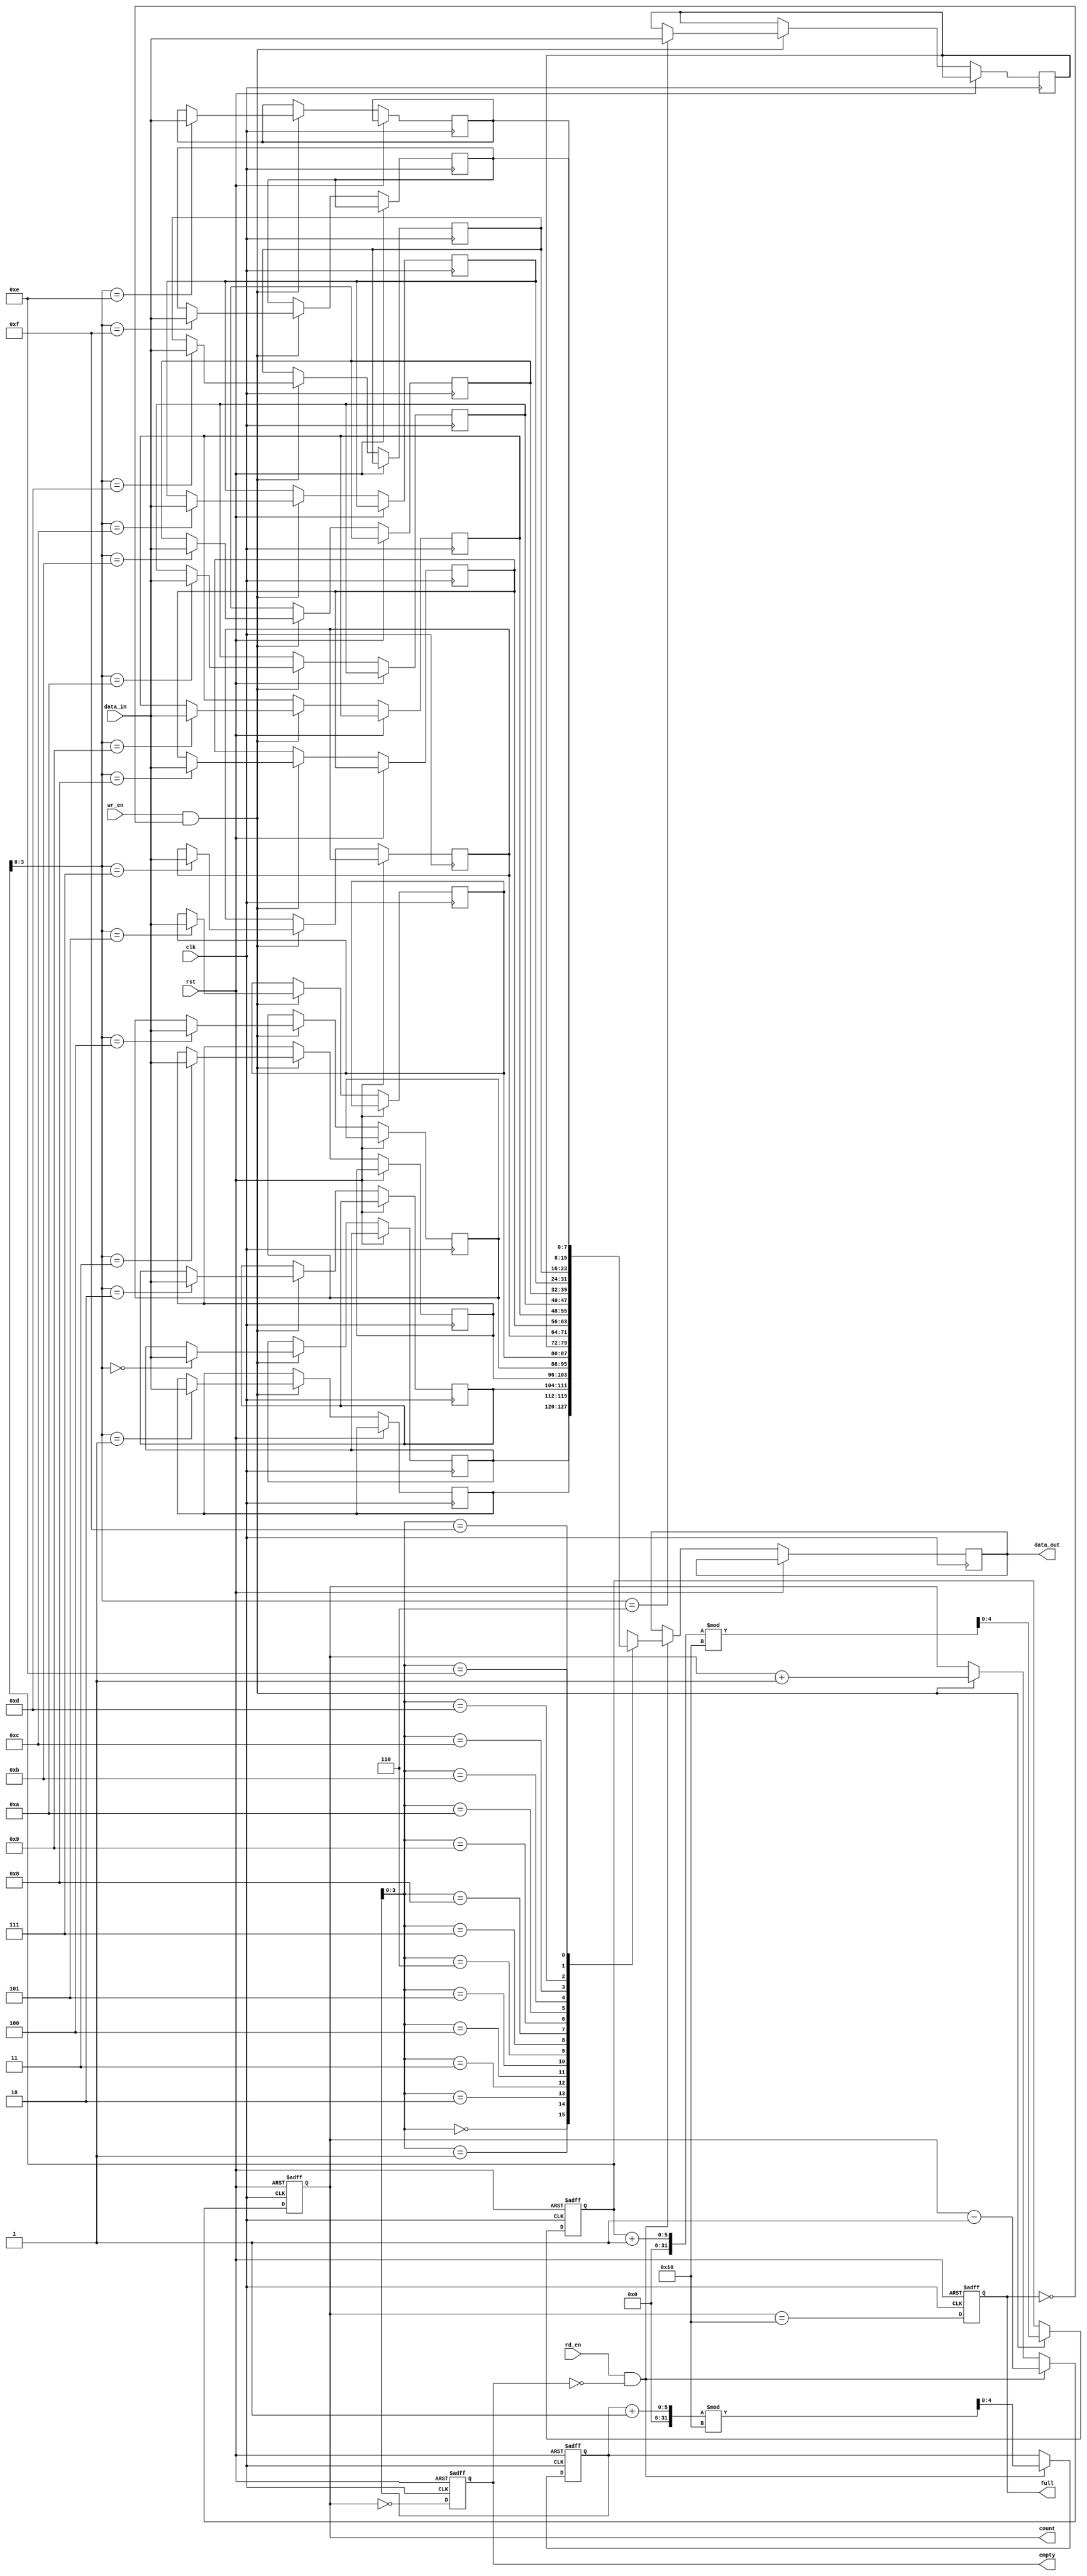
module parameterized_fifo #(
    parameter N = 16,  // Depth of the FIFO
    parameter W = 8    // Width of each entry
)(
    input wire clk,              // Clock signal
    input wire rst,              // Asynchronous reset
    input wire [W-1:0] data_in,  // Input data
    input wire wr_en,            // Write enable
    input wire rd_en,            // Read enable
    output reg [W-1:0] data_out, // Output data
    output reg full,             // FIFO full flag
    output reg empty,            // FIFO empty flag
    output reg [4:0] count       // Number of entries in the FIFO
);

    // Internal storage array
    reg [W-1:0] fifo_mem [0:N-1];
    
    // Read and write pointers
    reg [4:0] wr_ptr; // Write pointer
    reg [4:0] rd_ptr; // Read pointer

    // Synchronous reset and operation
    always @(posedge clk or posedge rst) begin
        if (rst) begin
            // Reset the FIFO
            wr_ptr <= 0;
            rd_ptr <= 0;
            count <= 0;
            full <= 0;
            empty <= 1;
        end else begin
            // Write operation
            if (wr_en && !full) begin
                fifo_mem[wr_ptr] <= data_in; // Write data to FIFO
                wr_ptr <= (wr_ptr + 1) % N;   // Increment write pointer
                count <= count + 1;           // Increment count
            end
            
            // Read operation
            if (rd_en && !empty) begin
                data_out <= fifo_mem[rd_ptr]; // Read data from FIFO
                rd_ptr <= (rd_ptr + 1) % N;   // Increment read pointer
                count <= count - 1;           // Decrement count
            end
            
            // Update full and empty flags
            full <= (count == N);
            empty <= (count == 0);
        end
    end

endmodule